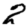
Digit: 2